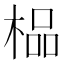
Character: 榀